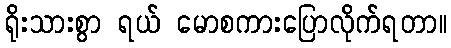
ရိုးသားစွာ ရယ် မောစကားပြောလိုက်ရတာ။